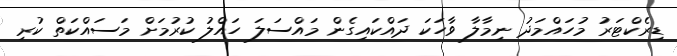
ޑިރެކްޓަރު މުހައްމަދު ނިމާލާ ވާހަކަ ދައްކައިގެން މައްސަލަ ހައްލު ކުރުމަށް މަސައްކަތް ކުރި